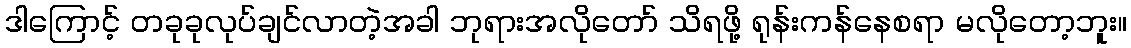
ဒါကြောင့် တခုခုလုပ်ချင်လာတဲ့အခါ ဘုရားအလိုတော် သိရဖို့ ရုန်းကန်နေစရာ မလိုတော့ဘူး။